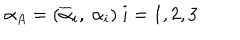
LaTeX: \alpha _ { A } = ( \overline { { { \alpha } } } _ { i } , \ \alpha _ { i } ) \ i = 1 , 2 , 3